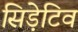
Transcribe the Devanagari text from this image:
सिड़ेटिव